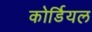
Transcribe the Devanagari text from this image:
कोर्डियल